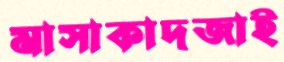
মাসাকাদজাই